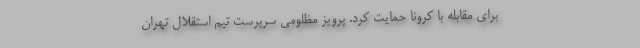
برای مقابله با کرونا حمایت کرد. پرویز مظلومی سرپرست تیم استقلال تهران